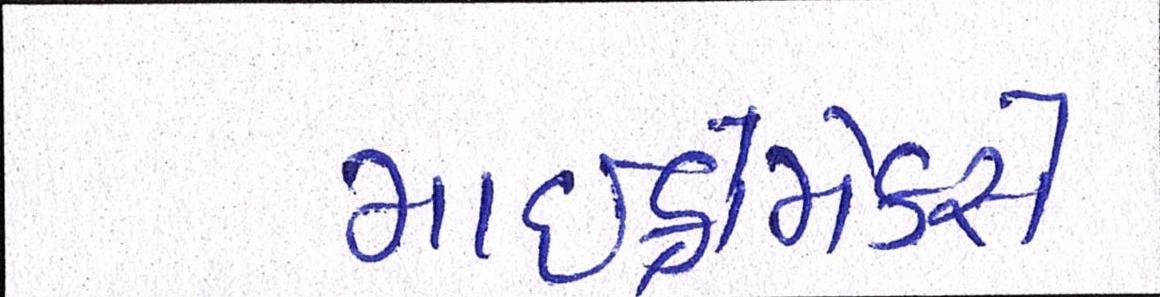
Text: માઈક્રોમેક્સે